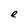
Character: e